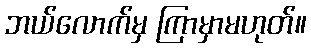
ဘယ်လောက်မှ ကြာမှာမဟုတ်။